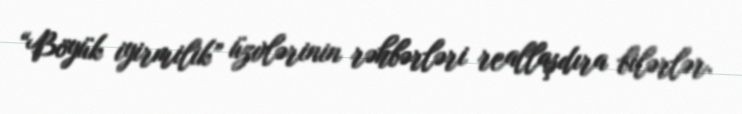
“Böyük iyirmilik” üzvlərinin rəhbərləri reallaşdıra bilərlər.